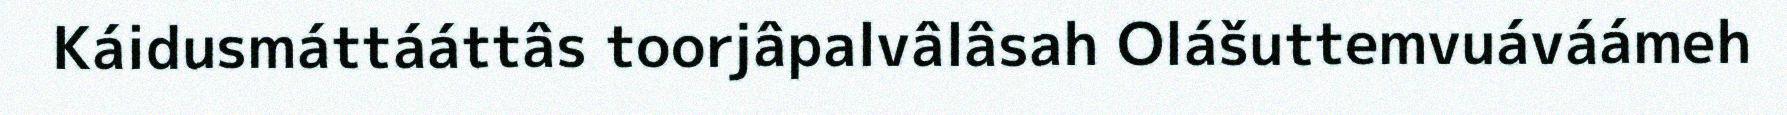
Káidusmáttááttâs toorjâpalvâlâsah Olášuttemvuáváámeh